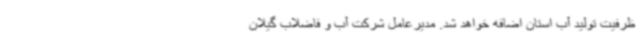
ظرفیت تولید آب استان اضافه خواهد شد. مدیرعامل شرکت آب و فاضلاب گیلان